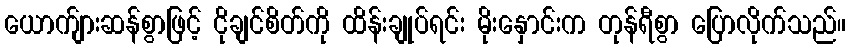
ယောက်ျားဆန်စွာဖြင့် ငိုချင်စိတ်ကို ထိန်းချုပ်ရင်း မိုးနှောင်းက တုန်ရီစွာ ပြောလိုက်သည်။